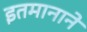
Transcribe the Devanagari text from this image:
इतमानाने